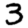
Digit: 3